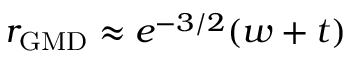
r _ { \mathrm { G M D } } \approx e ^ { - 3 / 2 } ( w + t )